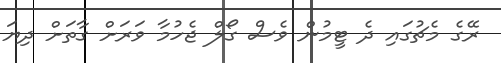
ރޭގެ މެޗުގައި ދެ ޓީމުން ވެސް ގޯލް ޖެހުމާ ވަރަށް ގާތަށް ދިޔަ